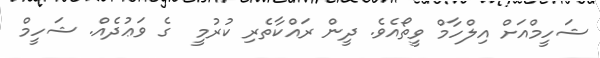
ޝަހީމްއަށް އިލްހާމް ވީތޯއެވެ. ދީން ރައްކާތެރި ކުރުމީ  ގެ ވަޢުދެއް. ޝަހީމް